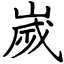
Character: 嵗